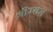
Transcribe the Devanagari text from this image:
श्रीस्वरा